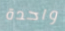
واحدة